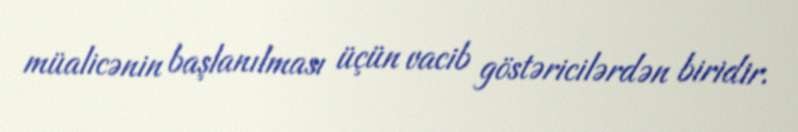
müalicənin başlanılması üçün vacib göstəricilərdən biridir.